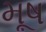
મૂષ